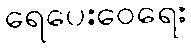
ရေပေးဝေရေး